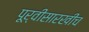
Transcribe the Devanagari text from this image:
पूर्वीसारखीच